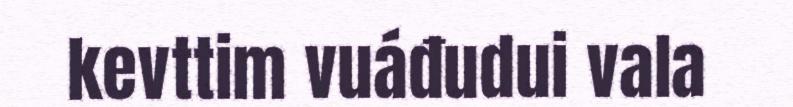
kevttim vuáđudui vala